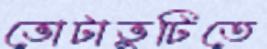
ভোটাভুটিতে